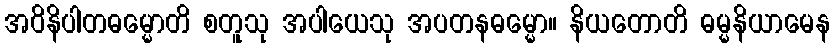
အဝိနိပါတဓမ္မောတိ စတူသု အပါယေသု အပတနဓမ္မော။ နိယတောတိ ဓမ္မနိယာမေန